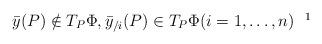
LaTeX: \begin{align*}\bar{y}(P)\notin T_{P}\Phi,\bar{y}_{/i}(P)\in T_{P}\Phi (i=1,\ldots,n)~~\footnote{Partial derivatives of a function $f$ are denoted by$f_{/i}:=\frac{\partial f}{\partial u^{i}},~f_{/ij}:=\frac{\partial^{2}f}{\partial u^{i}\partial u^{j}}\medskip$} \end{align*}